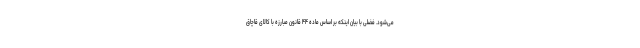
می‌شود. فضلی با بیان اینکه بر اساس ماده ۴۴ قانون مبارزه با کالای قاچاق